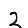
Digit: 2